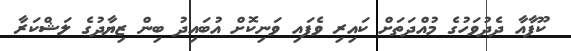
ކޫފާއާ ދެދުވަހުގެ މުއްދަތަށް ކައިރި ވެފައި ވަނިކޮށް އުބައިދު ބިން ޒިޔާދުގެ ލަޝްކަރާ